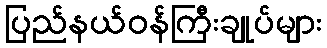
ပြည်နယ်ဝန်ကြီးချုပ်များ